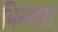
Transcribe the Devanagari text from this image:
भिन्गारा